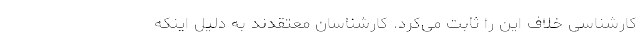
کارشناسی خلاف این را ثابت می‌کرد. کارشناسان معتقدند به دلیل اینکه